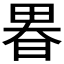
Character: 𤲉